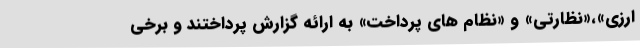
ارزی»،«نظارتی» و «نظام های پرداخت» به ارائه گزارش پرداختند و برخی